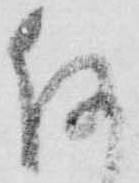
何